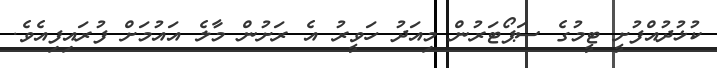
ކުޅުދުއްފުށީ ޓީމުގެ ސަޕޯޓަރުން މިއަދު ހަވީރު އެ ރަށުން މާލެ އައުމަށް ފުރައިފިއެވެ.